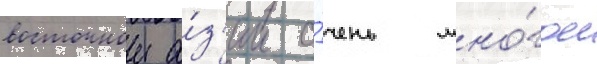
восточнои а́з'ии о́чень мно́гое